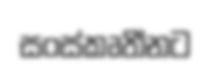
සංස්කෘතීනට